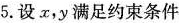
5.设x，y满足约束条件